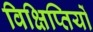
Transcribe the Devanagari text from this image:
विक्षिप्तियों